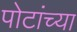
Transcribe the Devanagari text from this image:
पोटांच्या